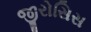
જીરોસિસ